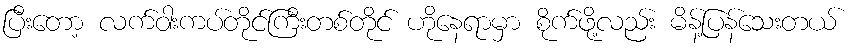
ပြီးတော့ လက်ဝါးကပ်တိုင်ကြီးတစ်တိုင် ဟိုနေရာမှာ စိုက်ဖို့လည်း မိန့်ပြန်သေးတယ်